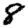
Digit: 8